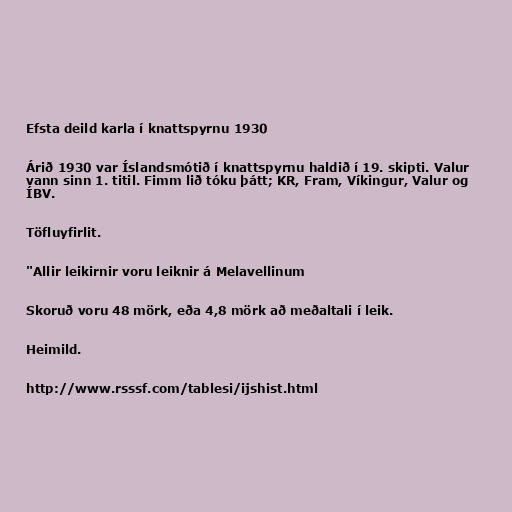
Efsta deild karla í knattspyrnu 1930

Árið 1930 var Íslandsmótið í knattspyrnu haldið í 19. skipti. Valur
vann sinn 1. titil. Fimm lið tóku þátt; KR, Fram, Víkingur, Valur og
ÍBV.

Töfluyfirlit.

"Allir leikirnir voru leiknir á Melavellinum

Skoruð voru 48 mörk, eða 4,8 mörk að meðaltali í leik.

Heimild.

http://www.rsssf.com/tablesi/ijshist.html